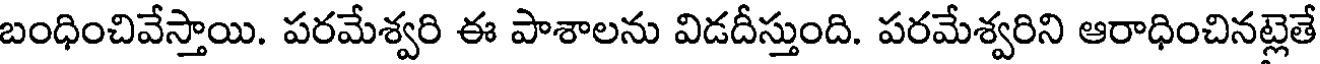
బంధించివేస్తాయి. పరమేశ్వరి ఈ పాశాలను విడదీస్తుంది. పరమేశ్వరిని ఆరాధించినట్లెతే